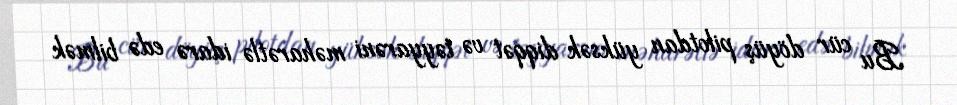
Bu cür döyüş pilotdan yüksək diqqət və təyyarəni məharətlə idarə edə bilmək